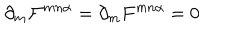
LaTeX: \partial _ { m } { \cal F } ^ { m n \alpha } = \partial _ { m } F ^ { m n \alpha } = 0